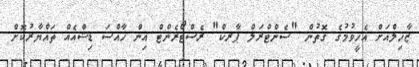
ޒާހިލްއަށް އެހީވުމުގެ ގޮތުން "ސެންޓްރަލް ޕާރކް" ރެސްޓޯރެންޓް އިން ހާއްސަ ޑިޝްއެއް ތައްޔާރުކޮށް